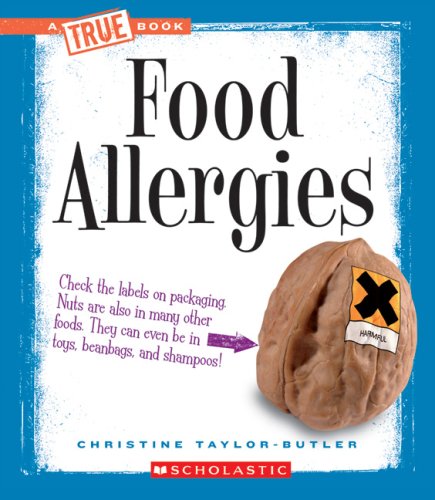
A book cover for Food Allergies (New True Books: Health); Christine Taylor-Butler; Health, Fitness & Dieting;